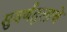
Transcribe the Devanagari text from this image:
सुवर्णतुलाचे